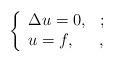
LaTeX: \begin{align*} \left\{ \begin{array}{ll} \Delta u=0, & ; \\ u=f, &, \end{array}\right.\end{align*}